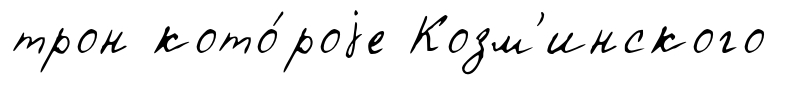
трон кото́роjе Козм'инского